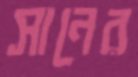
সানের